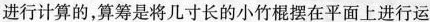
进行计算的，算筹是将几寸长的小竹棍摆在平面上进行运